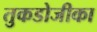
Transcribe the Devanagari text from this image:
तुकडोजीका